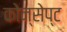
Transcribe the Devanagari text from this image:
कोन्सेप्ट